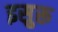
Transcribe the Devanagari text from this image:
इसुरू